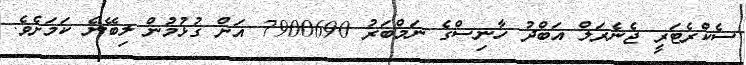
ސެކްރެޓަރީ ޖެނެރަލް އަބްދު ހާނިސްގެ ނަމްބަރު 7900690 އަށް ގުޅުމުން ލިބޭނެ ކަމަށެވެ.